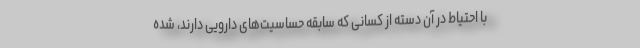
با احتیاط در آن دسته از کسانی که سابقه حساسیت‌های دارویی دارند، شده